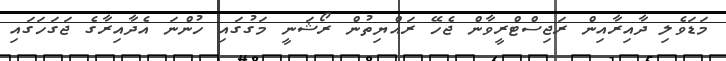
މަޑަވެލި ދާއިރާއިން ރަޖިސްޓްރީވާން ޖެހޭ ރައްޔިތުން ރޯޝަނީ މަގުގައި ހުންނަ އެދާއިރާގެ ޖަގަހަގައި